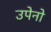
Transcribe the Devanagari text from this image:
उपेनो